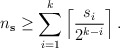
\begin{align*}n_{\mathbf{s}} \geq \sum_{i=1}^{k} \left\lceil \frac{s_i}{2^{k-i}} \right\rceil. \end{align*}